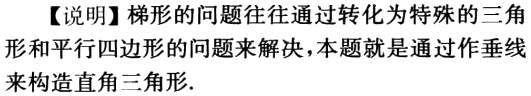
【说明】梯形的问题往往通过转化为特殊的三角形和平行四边形的问题来解决，本题就是通过作垂线来构造直角三角形.